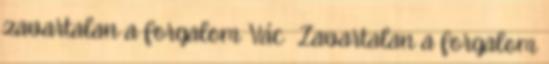
zavartalan a forgalom Vác Zavartalan a forgalom